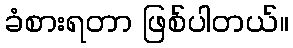
ခံစားရတာ ဖြစ်ပါတယ်။